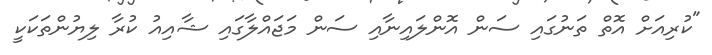
"ކުރިއަށް އޮތް ތަނުގައި ސަން އޮންލައިނާއި ސަން މަޖައްލާގައި ޝާއިއު ކުރާ ލިޔުންތަކަކީ